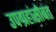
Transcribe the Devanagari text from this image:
उपग्रहांसोबत